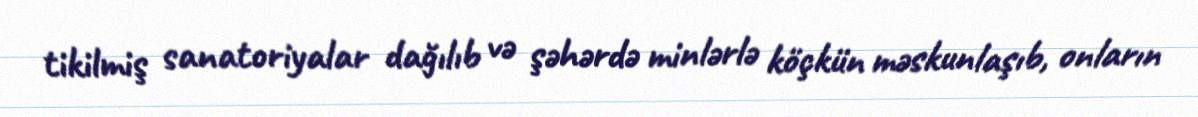
tikilmiş sanatoriyalar dağılıb və şəhərdə minlərlə köçkün məskunlaşıb, onların